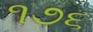
૧૭૬